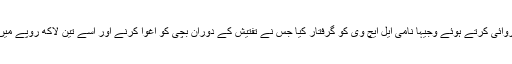
پولیس حکام کے مطابق خفیہ اطلاع پر ڈبگری کے علاقے میں کاروائی کرتے ہوئے وجیہا نامی ایل ایچ وی کو گرفتار کیا جس نے تفتیش کے دوران بچی کو اغوا کرنے اور اسے تین لاکھ روپے میں بیچنے کا انکشاف کیاساتھ ہی پنے ساتھیوں کے نام بھی اگل دیے۔